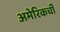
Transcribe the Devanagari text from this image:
अमेरिकची